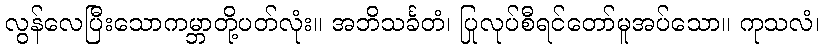
လွန်လေပြီးသောကမ္ဘာတို့ပတ်လုံး။ အဘိသင်္ခတံ၊ ပြုလုပ်စီရင်တော်မူအပ်သော။ ကုသလံ၊